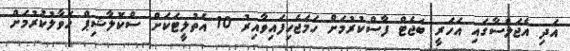
އަދި އެޖަލްސާގައި އަހަރީ ބަޖެޓް ފާސްކުރުމަށް ހަމަޖެހިފައިވާއިރު 10 އެތުލީޓަކަށް ސްކޮލާޝިޕް ހަވާލުކުރުމަށް